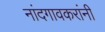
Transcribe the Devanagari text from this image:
नांदगावकरांनी